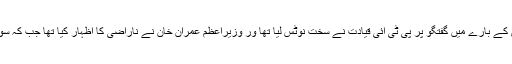
فیاض الحسن چوہان کی اقلیتی برادری کے بارے میں گفتگو پر پی ٹی آئی قیادت نے سخت نوٹس لیا تھا ور وزیراعظم عمران خان نے ناراضی کا اظہار کیا تھا جب کہ سوشل میڈیا پر بھی … Read More